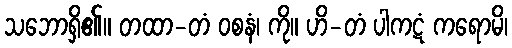
သဘောရှိ၏။ တထာ-တံ ဝစနံ၊ ကို။ ဟိ-တံ ပါကဋံ ကရောမိ၊